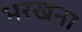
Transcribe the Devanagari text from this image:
भरखना